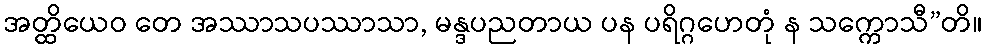
အတ္ထိယေဝ တေ အဿာသပဿာသာ, မန္ဒပညတာယ ပန ပရိဂ္ဂဟေတုံ န သက္ကောသီ”တိ။